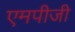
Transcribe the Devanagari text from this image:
एमपीजी